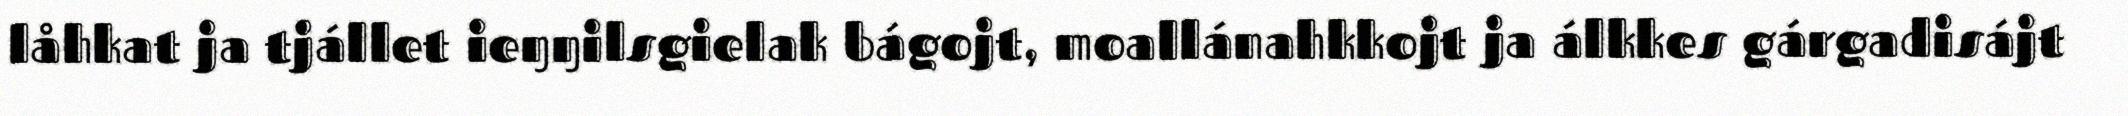
låhkat ja tjállet ieŋŋilsgielak bágojt, moallánahkkojt ja álkkes gárgadisájt